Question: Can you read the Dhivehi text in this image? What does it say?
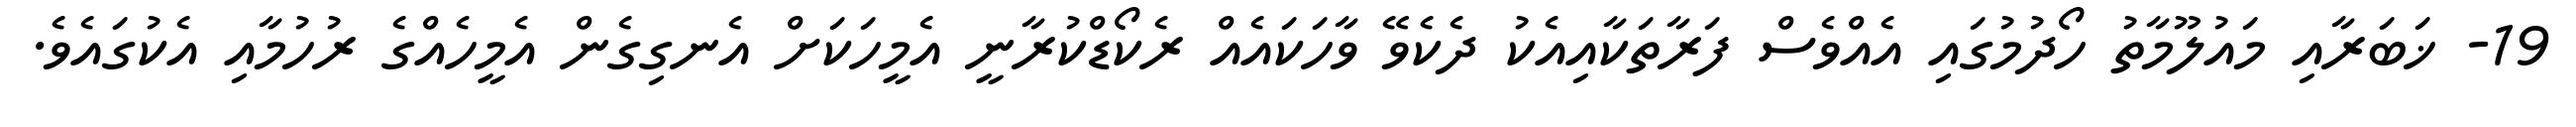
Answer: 19- ޚަބަރާއި މައުލޫމާތު ހޯދުމުގައި އެއްވެސް ފަރާތަކާއިއެކު ދެކެވޭ ވާހަކައެއް ރެކޯޑްކުރާނީ އެމީހަކަށް އެނގިގެން އެމީހެއްގެ ރުހުމާއި އެކުގައެވެ.